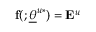
\mathbf { f } ( ; \underline { { \theta } } ^ { u * } ) = \mathbf { E } ^ { u }